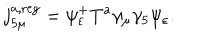
LaTeX: j _ { 5 \mu } ^ { a , \mathrm { r e g } } = \psi _ { \varepsilon } ^ { + } T ^ { a } \gamma _ { \mu } \gamma _ { 5 } \psi _ { \varepsilon } .